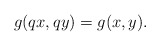
\begin{align*} g(qx, qy)=g(x, y).\end{align*}